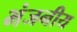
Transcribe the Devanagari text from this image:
भंजनीय